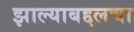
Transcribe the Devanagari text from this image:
झाल्याबद्दलचा